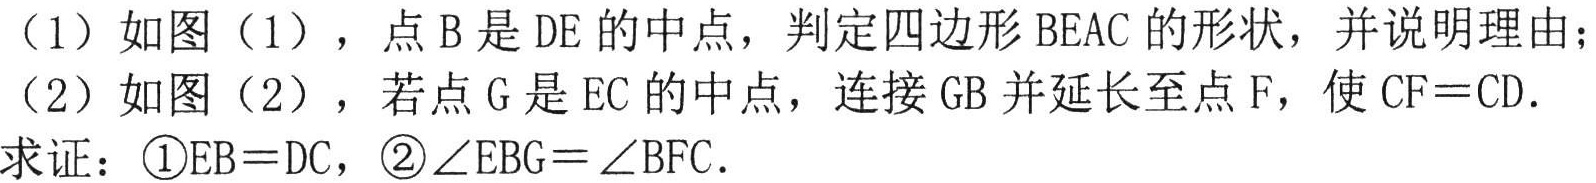
（1）如图（1），点\(B\)是\(DE\)的中点，判定四边形\(BEAC\)的形状，并说明理由；

（2）如图（2），若点\(G\)是\(EC\)的中点，连接\(GB\)并延长至点\(F\)，使\(CF = CD\)．

求证：\textcircled{1}\(EB = DC\)，\textcircled{2}\(\angle EBG=\angle BFC\)．